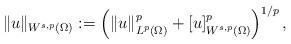
LaTeX: \begin{align*} \|u\|_{W^{s,p}(\Omega)}\vcentcolon =\left(\|u\|_{L^p(\Omega)}^p+[u]_{W^{s,p}(\Omega)}^p\right)^{1/p},\end{align*}